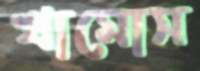
খামোস